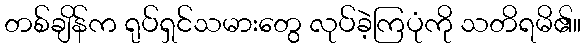
တစ်ချိန်က ရုပ်ရှင်သမားတွေ လုပ်ခဲ့ကြပုံကို သတိရမိ၏။